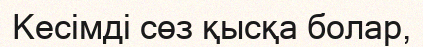
Кесімді сөз қысқа болар,